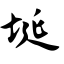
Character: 埏